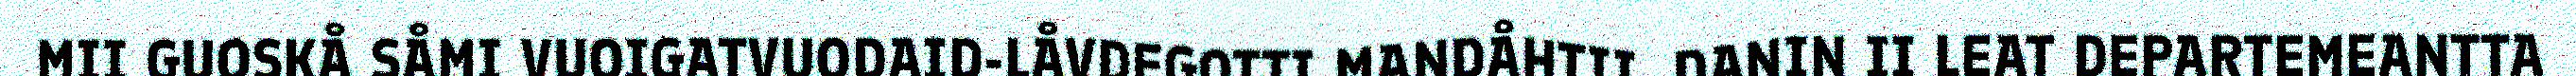
MII GUOSKÅ SÅMI VUOIGATVUODAID-LÅVDEGOTTI MANDÅHTII. DANIN II LEAT DEPARTEMEANTTA